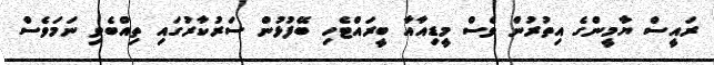
ރައީސް ޔާމީންގެ އިތުރުން ވެސް މީޑިއާއާ ބީރައްޓެހި ބޭފުޅުން ސަރުކާރުގައި ތިއްބެވި ނަމަވެސް